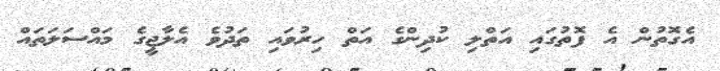
އެގޮތުން އެ ފޮތުގައި އަތްލި ކުދިންގެ އަތް ހިރުވައި ތަދުވެ އެލާޖީގެ މައްސަލަތައް